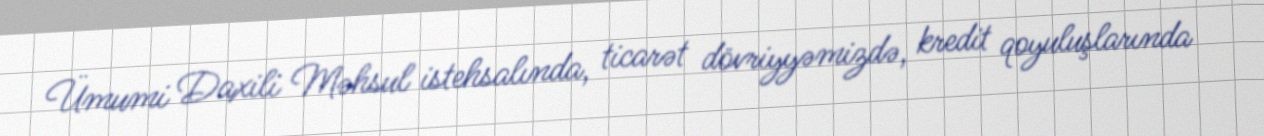
Ümumi Daxili Məhsul istehsalında, ticarət dövriyyəmizdə, kredit qoyuluşlarında